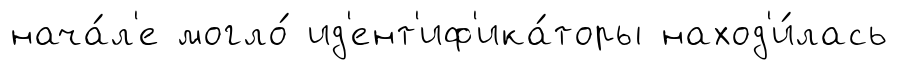
нача́л'е могло́ ид'ент'иф'ика́торы наход'и́лась